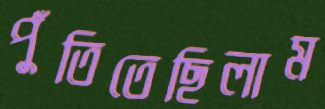
পুঁতিতেছিলাম